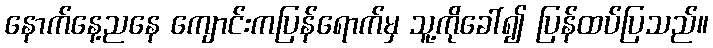
နောက်နေ့ညနေ ကျောင်းကပြန်ရောက်မှ သူ့ကိုခေါ်၍ ပြန်ထပ်ပြသည်။